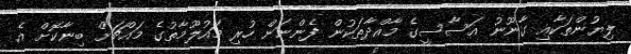
ލިޔުންތަކާއި ގާނޫނު އަސާސީގެ މާއްދާތަކުން ފެންނަން ހުރި މައުލޫމާތުގެ މައްޗަށް ބިނާކޮށް އެ